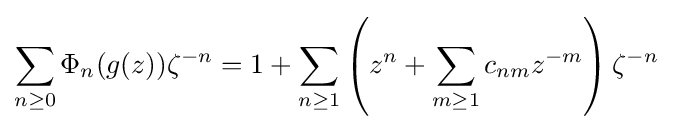
\sum _{n\geq 0}\Phi _{n}(g(z))\zeta ^{-n}=1+\sum _{n\geq 1}\left(z^{n}+\sum _{m\geq 1}c_{nm}z^{-m}\right)\zeta ^{-n}